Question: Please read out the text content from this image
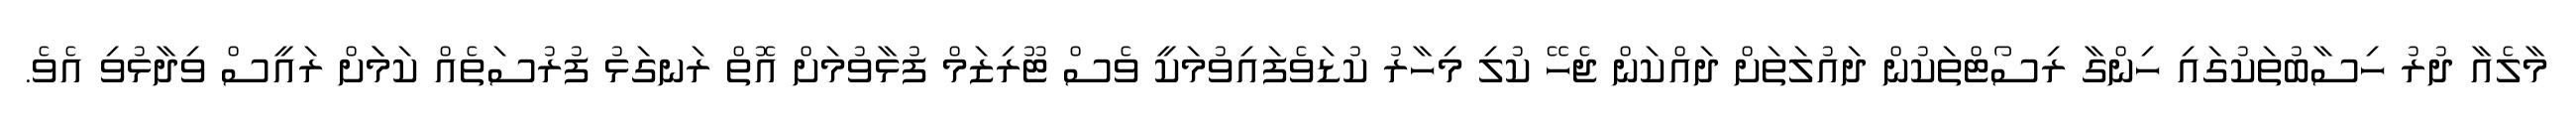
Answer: މާލެއާ ދުރު ހިސާބުތަކުގައި ހިންގާ ރިސޯޓްތަކުން ދައުލަތަށް ދައްކަން ޖެހޭ ކުލި މިހާރު ކުޑަވެފައިވުމަކީ ވެސް ޓޫރިޒަމް ފުޅާވުމަށް އޮތް ރަނގަޅު ފުރުސަތެއް ކަމަަށް ރައީސް ވިދާޅުވި އެވެ.